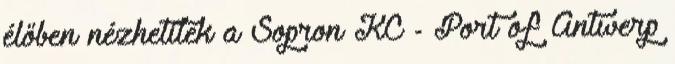
élőben nézhetitek a Sopron KC - Port of Antwerp